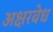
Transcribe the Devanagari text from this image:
अक्षरवेध